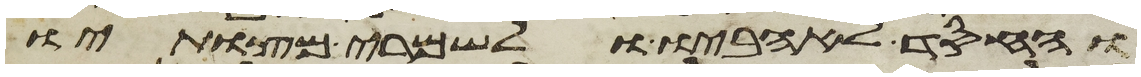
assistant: והחסד לאהביו ולשמרי מצותיו